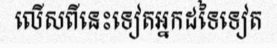
លើសពីនេះទៀតអ្នកដទៃទៀត